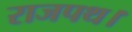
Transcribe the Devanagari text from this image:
राजपथ।